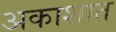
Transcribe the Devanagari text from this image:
अकाशात